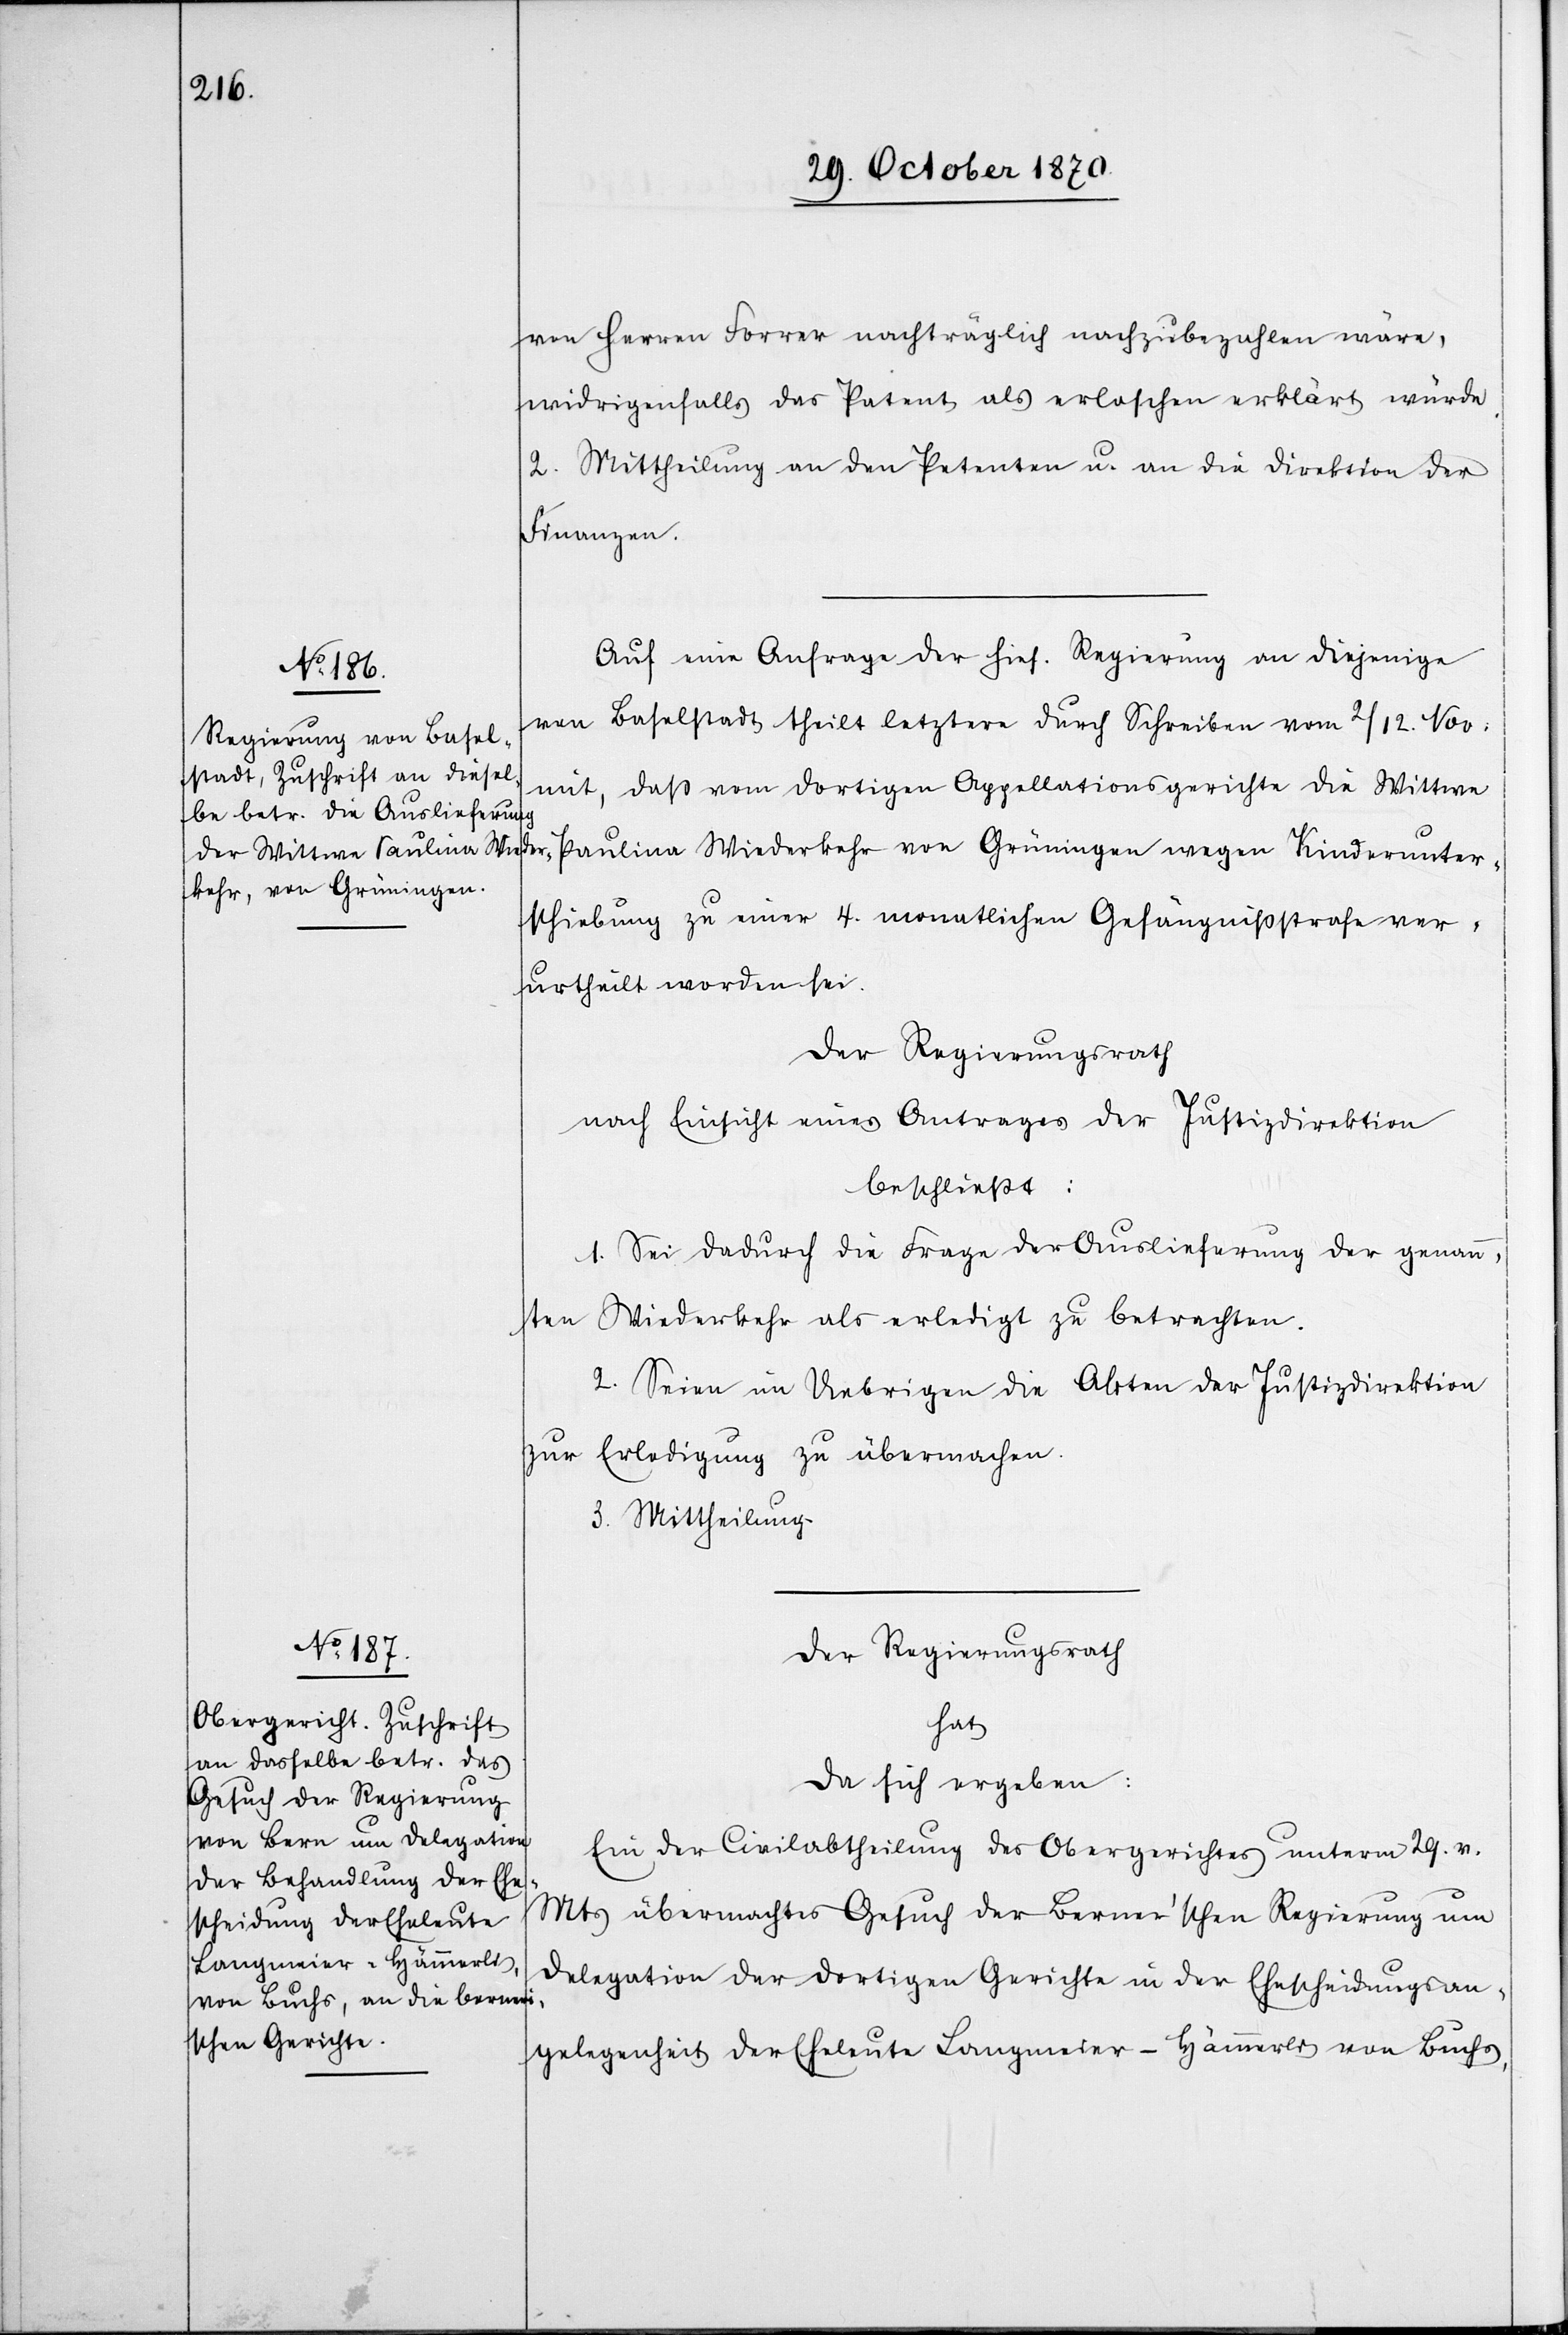
von Herren Forrer nachträglich nachzubezahlen wäre,
widrigenfalls das Patent als erloschen erklärt würde.
2. Mittheilung an den Petenten u. an die Direktion der
Kinderunter¬
Auf eine Anfrage der hies. Regierung an diejenige
von Baselstadt theilt letztere durch Schreiben vom 2 / 12. Nov:
mit, daß vom dortigen Appellationsgerichte die Wittwe
kehr von Grüningen
schiebung zu einer 4. monatlichen Gefängnißstrafe ver¬
urtheilt worden sei.
Der Regierungsrath
nach Einsicht eines Antrages der Justizdirektion
er¬
beschließt:
1. Sei dadurch die Frage der Auslieferung der genann¬
ten Wiederkehr als erledigt zu betrachten.
2. Seien im Uebrigen die Akten der Justizdirektion
zur Erledigung zu übermachen.
3. Mittheilung.
Der Regierungsrath
hat
da sich ergeben:
Ein der Civilabtheilung des Obergerichtes unterm 29. v.
Mts. übermachtes Gesuch der Berner’schen Regierung um
Delegation der dortigen Gerichte in der Ehescheidungsan¬
gelegenheit der Eheleute Langmeier-Hämmerli von Buchs,